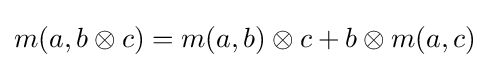
m(a,b\otimes c)=m(a,b)\otimes c+b\otimes m(a,c)